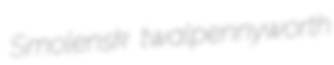
Smolensk twalpennyworth